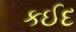
કઈદ